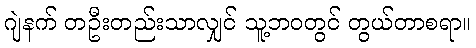
ဂျဲနက် တဦးတည်းသာလျှင် သူ့ဘဝတွင် တွယ်တာစရာ။